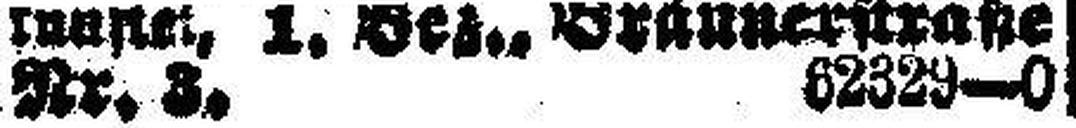
Nr. 3. 62329—0